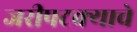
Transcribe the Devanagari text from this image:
जरीपटक्याचे